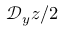
\mathcal { D } _ { y } z / 2